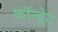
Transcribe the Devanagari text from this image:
कॉन्ड्रेट